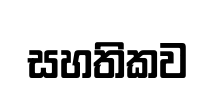
සහතිකව